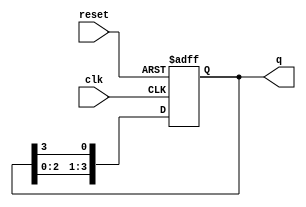
module ring_counter (
    input wire clk,       // Clock input
    input wire reset,     // Reset input
    output reg [3:0] q    // 4-bit output representing the state of the counter
);

// Initial state
initial begin
    q = 4'b1000; // Start with the first flip-flop set to '1'
end

// Sequential logic for the ring counter
always @(posedge clk or posedge reset) begin
    if (reset) begin
        q <= 4'b1000; // Reset to initial state
    end else begin
        // Shift the '1' to the right
        q <= {q[2:0], q[3]}; // Move the '1' from the last flip-flop to the first
    end
end

endmodule